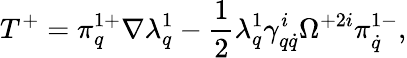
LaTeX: T^{+}=\pi_{q}^{1+}\nabla\lambda_{q}^{1}-\frac 12\lambda_{q}^{1}\gamma_{q\dot{q}}^{i}\Omega^{+2i}\pi_{\dot{q}}^{1-},